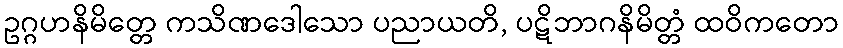
ဥဂ္ဂဟနိမိတ္တေ ကသိဏဒေါသော ပညာယတိ, ပဋိဘာဂနိမိတ္တံ ထဝိကတော